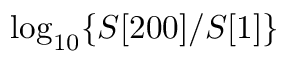
\log _ { 1 0 } \{ S [ 2 0 0 ] / S [ 1 ] \}